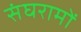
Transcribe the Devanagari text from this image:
संघरामों